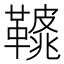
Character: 𩌿